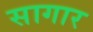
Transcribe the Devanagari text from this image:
सागार